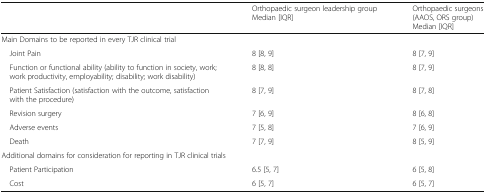
<table><thead><tr><td></td><td><b>Orthopaedic surgeon leadership groupMedian [IQR]</b></td><td><b>Orthopaedic surgeons (AAOS, ORS group)Median [IQR]</b></td></tr></thead><tbody><tr><td colspan="3">Main Domains to be reported in every TJR clinical trial</td></tr><tr><td> Joint Pain</td><td>8 [8, 9]</td><td>8 [7, 9]</td></tr><tr><td> Function or functional ability (ability to function in society, work; work productivity, employability; disability; work disability)</td><td>8 [8, 8]</td><td>8 [7, 9]</td></tr><tr><td> Patient Satisfaction (satisfaction with the outcome, satisfaction with the procedure)</td><td>8 [7, 9]</td><td>8 [7, 8]</td></tr><tr><td> Revision surgery</td><td>7 [6, 9]</td><td>8 [6, 8]</td></tr><tr><td> Adverse events</td><td>7 [5, 8]</td><td>7 [6, 9]</td></tr><tr><td> Death</td><td>7 [7, 9]</td><td>8 [5, 9]</td></tr><tr><td colspan="3">Additional domains for consideration for reporting in TJR clinical trials</td></tr><tr><td> Patient Participation</td><td>6.5 [5, 7]</td><td>6 [5, 8]</td></tr><tr><td> Cost</td><td>6 [5, 7]</td><td>6 [5, 7]</td></tr></tbody></table>